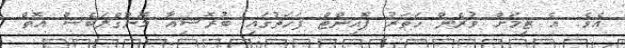
އެވެ. އެ ޓީމަށް ވުރެން ހަތަރު ޕޮއިންޓް ފަހަތުގައި ބުރޮޝިއާ މޮންގްލަބެޝް އޮތް